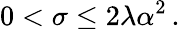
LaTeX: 0<\sigma\le 2\lambda\alpha^{2}\, .